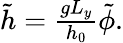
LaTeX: \begin{array}{r}{\tilde{h}=\frac{gL_{y}}{h_{0}}\tilde{\phi}.}\end{array}